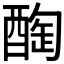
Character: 𨡒